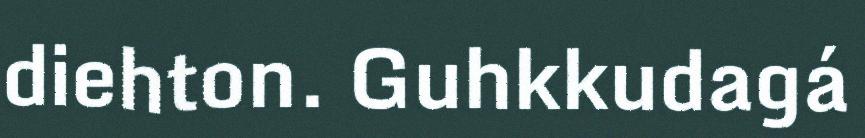
diehton. Guhkkudagá